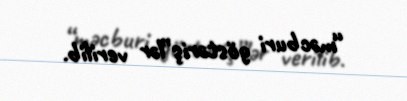
“məcburi göstəriş”lər verilib.